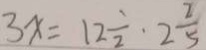
3 x = 1 2 \frac { 1 } { 2 } \cdot 2 \frac { 2 } { 5 }